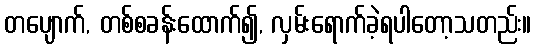
တပျောက်, တစ်စခန်းထောက်၍, လှမ်းရောက်ခဲ့ရပါတော့သတည်း။